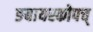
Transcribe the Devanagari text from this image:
ङबायस्कोपच्